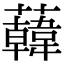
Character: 𧃙